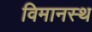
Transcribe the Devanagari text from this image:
विमानस्थ